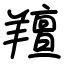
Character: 羶